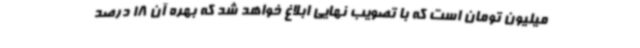
میلیون تومان است که با تصویب نهایی ابلاغ خواهد شد که بهره آن 18 درصد